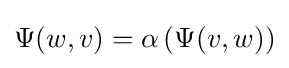
\Psi (w,v)=\alpha \left(\Psi (v,w)\right)